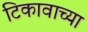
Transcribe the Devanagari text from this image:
टिकावाच्या